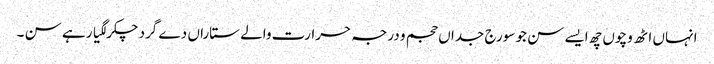
انہاں اٹھ وچو‏ں چھ ایسے سن جو سورج جداں حجم و درجہ حرارت والے ستاراں دے گرد چکر لگیا رہے سن ۔